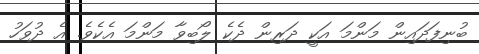
ބުނިފަދައިން މަންމަ އަކީ ދަރިން ދެކެ ލޯބިވާ މަންމަ އެކެވެ. އެ ދުވަހު